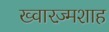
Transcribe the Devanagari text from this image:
ख्वारज़्मशाह